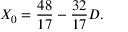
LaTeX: X _ { 0 } = { \frac { 4 8 } { 1 7 } } - { \frac { 3 2 } { 1 7 } } D .